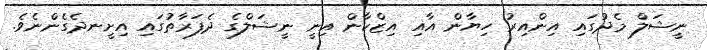
ނީޝަލް މެދުގައި އިންއިރު ހިޔާން އާއި އިޒްކާން އިނީ ނީޝަލްގެ ދެފަރާތުގައި އިށީނދެގެންނެވެ.